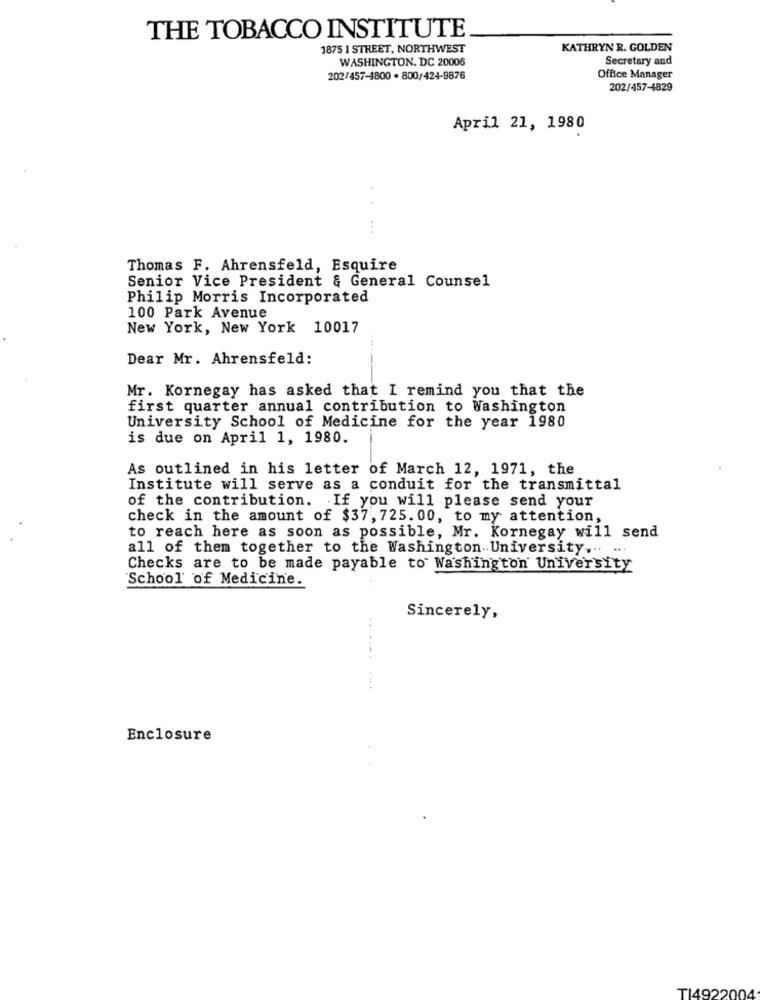
THE TOBACCO INSTITUTE
1875 1 STREET, NORTHWEST
KATHRYN R. GOLDEN
WASHINGTON, DC 20006
Secretary and
202/457-4800 · 800/424-9876
Office Manager
202/457-4829
April 21, 1980
...
Thomas F. Ahrensfeld, Esquire
Senior Vice President & General Counsel
Philip Morris Incorporated
100 Park Avenue
New York, New York 10017
Dear Mr. Ahrensfeld:
Mr. Kornegay has asked that I remind you that the
first quarter annual contribution to Washington
University School of Medicine for the year 1980
is due on April 1, 1980.
As outlined in his letter of March 12, 1971, the
Institute will serve as a conduit for the transmittal
of the contribution. If you will please send your
check in the amount of $37, 725. 00, to my attention,
to reach here as soon as possible, Mr. Kornegay will send
all of them together to the Washington University ... ...
Checks are to be made payable to Washington University
School of Medicine.
Sincerely,
.......
Enclosure
TI4922004